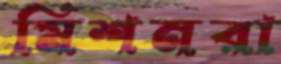
মিশনরা